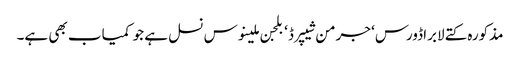
مذکورہ کتے لابراڈورس‘ جرمن شیپرڈ‘ بلجن ملینوس نسل ہے جو کمیاب بھی ہے۔